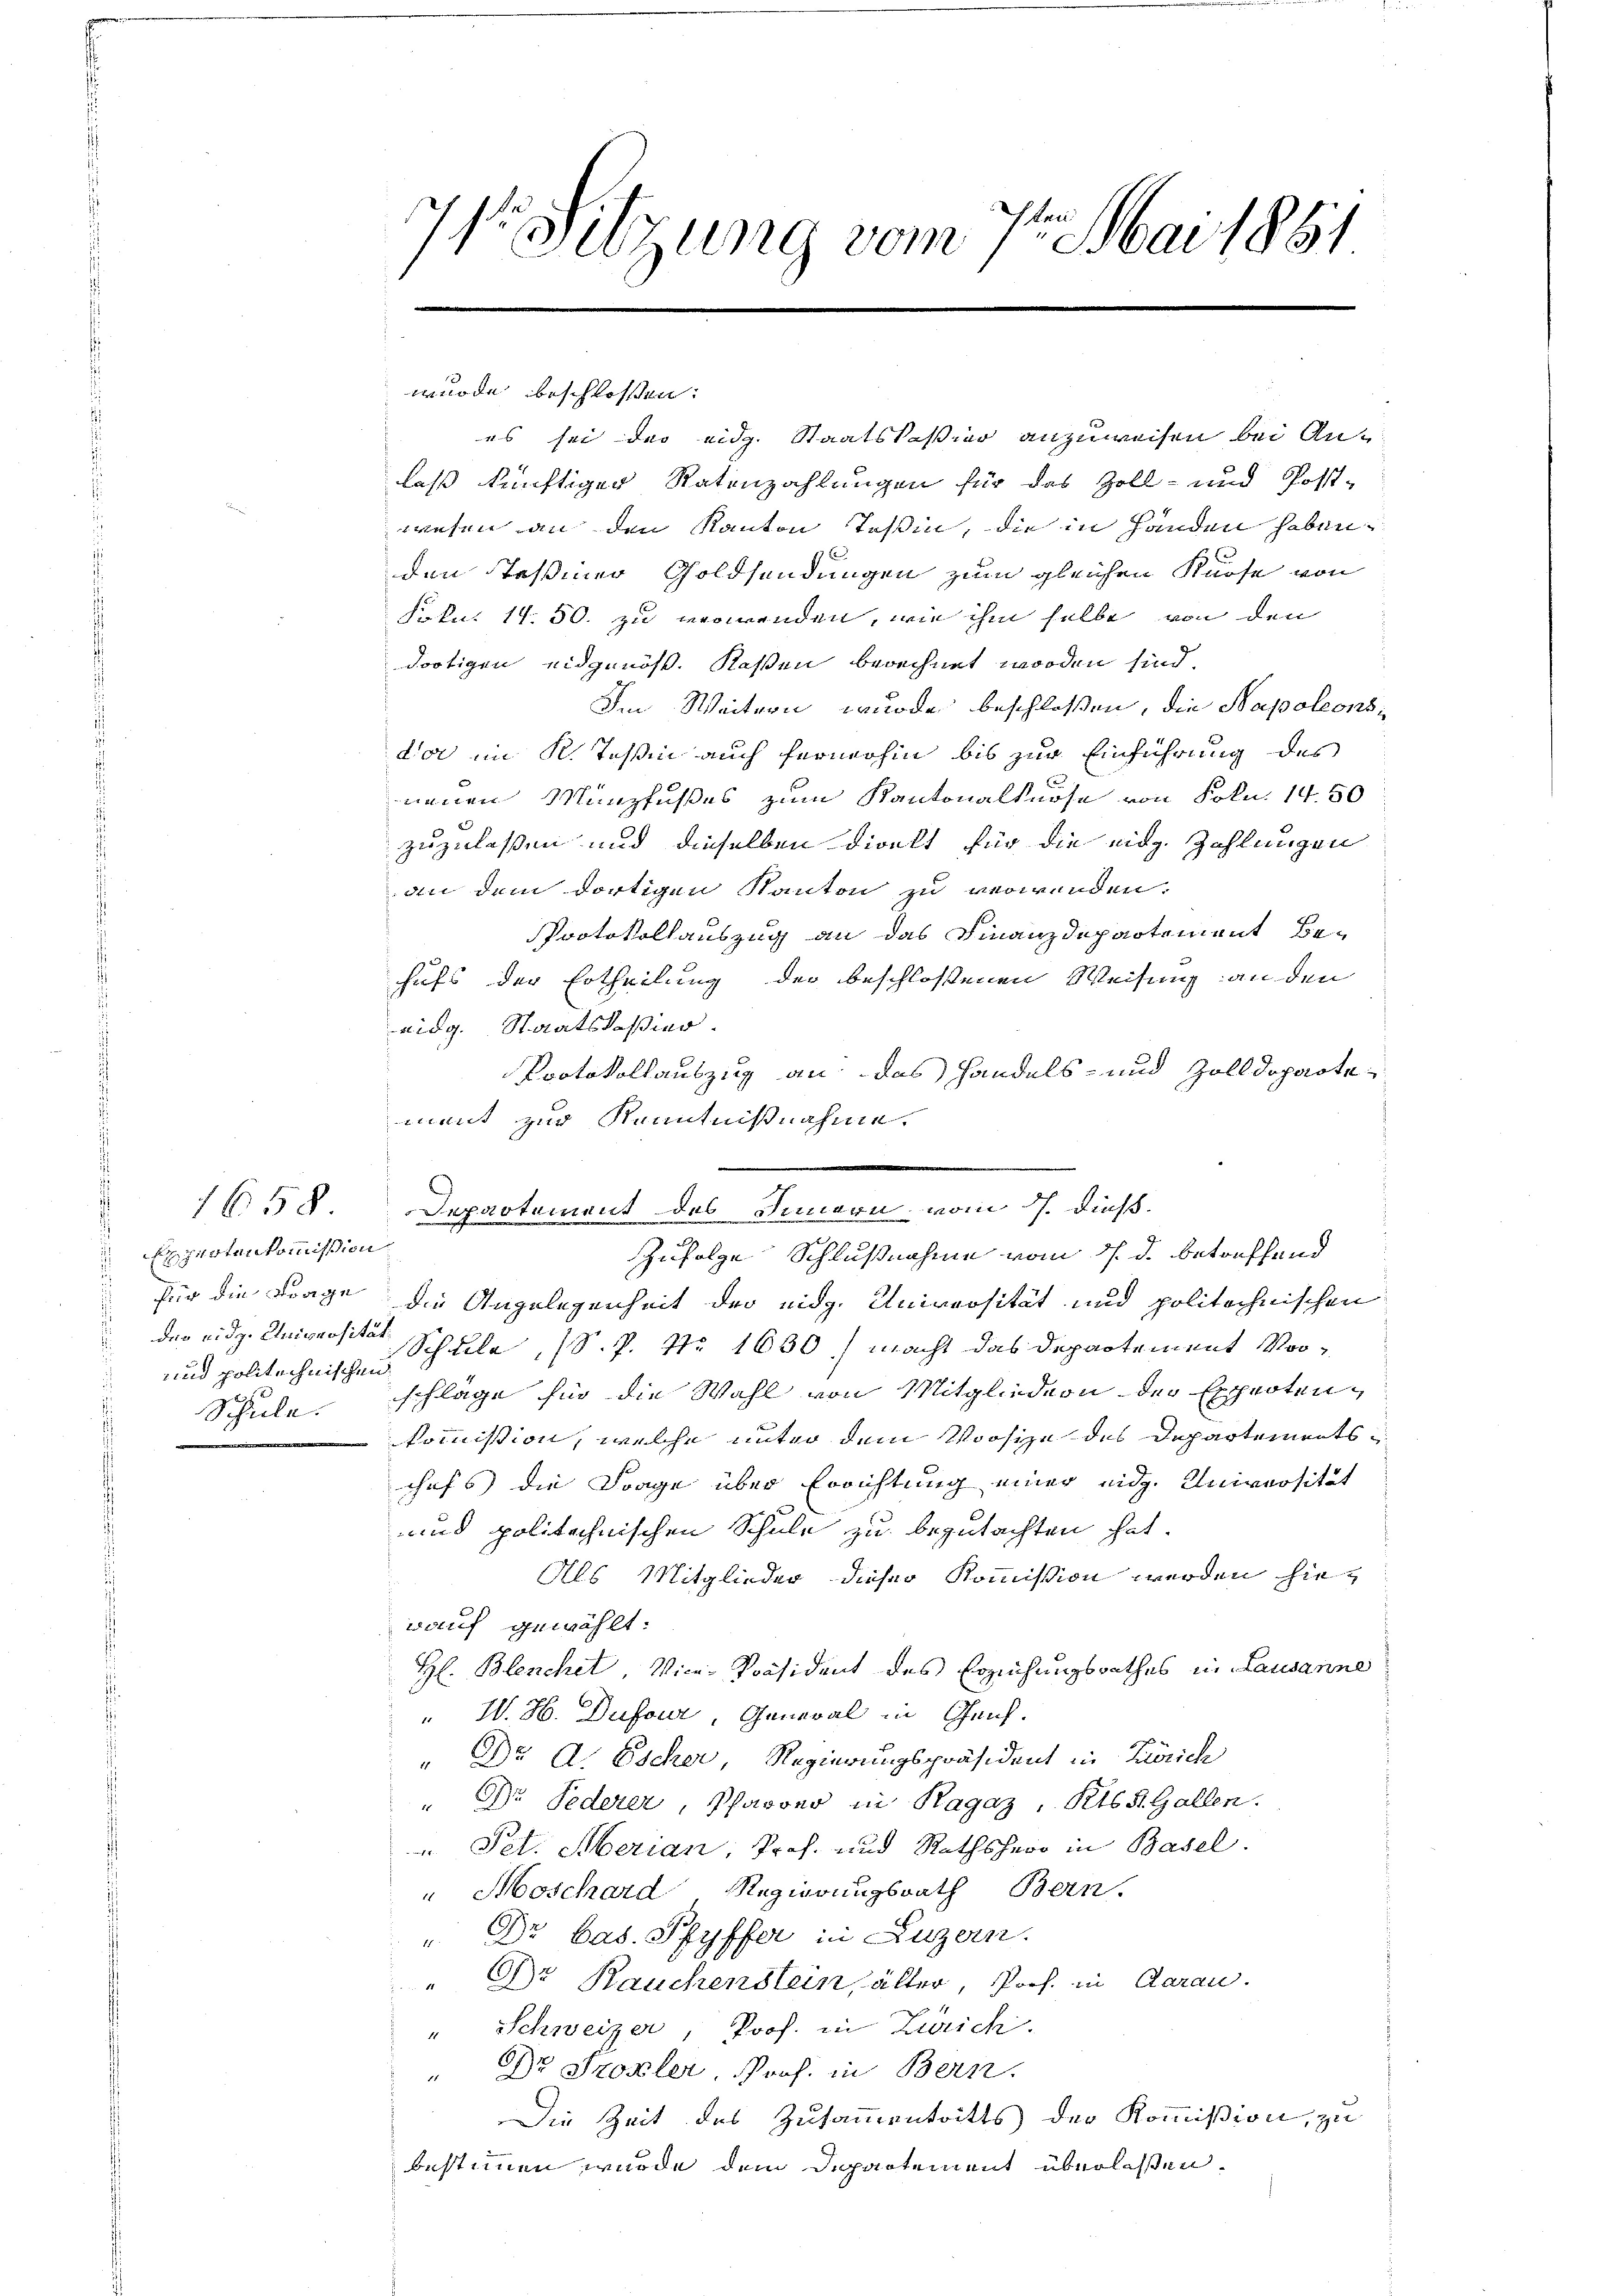
1658
Expertenkommission
und politechnischen
d

71. Sitzung vom 7. Mai 1881

wurde beschlossen:

den Teßiner Goldsendungen zum gleichen Kurse von
Frkn. 14. 50. zu verwenden, wie ihm selbe von den
dortigen eidgenöss. Kassen berechnet worden sind,
Im Weitern wurde beschlossen, die Napoleonsi
dar im K. Tessin auch fernerhin bis zur Einführung des
neuen Münzfußes zum Kantonalknöse von Frkn. 14. 50
zuzulassen und dieselben direkt für die eidg. Zahlungen
an dem dortigen Kanton zu verwenden.
Protokollauszug an das Finanzdepartement Behufs der Ertheilung der beschlossenen Weisung an den
eidg. Staatskaßier.
Protokollauszug an das Handels- und Zolldopartement zur Kenntnißnahme.

Departement des Innern vom 7. dieß.
Zufolge Schlußnahme vom 7. d. betreffend
für die Frage die Angelegenheit der eidg. Universität und politechnischen
der eidg. Universität Schule, S. P. Nr. 1630.) macht das Departement Vor¬
Schule. Schläge für die Wahl von Mitgliedern der Expertenkommission, welche unter dem Vorsize des Departementschefs die Frage über Errichtung einer eidg. Universität
und politechnischen Schule zu begutachten hat.
Als Mitglieder dieser Kommission werden hie¬
Bauf gewählt:
H. Blenchet, Vice-Präsident des Erziehungsrathes in Lausanne
" W. H. Dufour, General in Genf.
Dr A. Escher, Regierungspräsident in Zürich
Dr Federer, Pfarrer in Ragaz, Kts. S. Gallen.
Pet. Merian, Prof. und Rathshero in Basel
"Moschard Regierungsrath Bern,
Dr bas. Pfyffer in Luzern.
DDr. Rauchenstein, älter, Porf. in Aarau
" Schweizer, Prof. in Zürich.
Ohr Sroxler, Prof. in Bern.
Die Zeit des Zusammentritts der Kommission, zu
bestimmen wurde dem Departement überlassen.

es sei das eidg. Staatskassier anzuweisen bei Anlaß künftiger Ratenzahlungen für das Zoll- und Post-
wesen an den Kanton Teßin, die in handen haben.

.